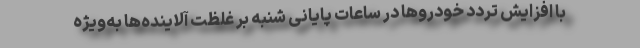
با افزایش تردد خودروها در ساعات پایانی شنبه بر غلظت آلاینده‌ها به‌ویژه